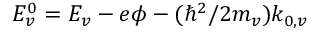
E _ { v } ^ { 0 } = E _ { v } - e \phi - ( \hbar ^ { 2 } / 2 m _ { v } ) k _ { 0 , v }